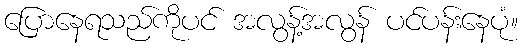
ပြောနေရသည်ကိုပင် အလွန့်အလွန် ပင်ပန်းနေပုံ။